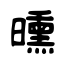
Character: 曛